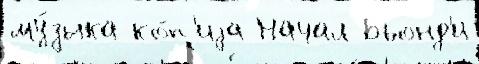
му́зыка ко́п'иjа Начал Бьонд'и